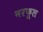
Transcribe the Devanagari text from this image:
नरफूल